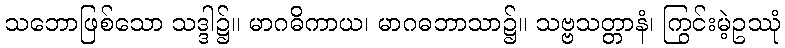
သဘောဖြစ်သော သဒ္ဒါ၌။ မာဂဓိကာယ၊ မာဂဓဘာသာ၌။ သဗ္ဗသတ္တာနံ၊ ကြွင်းမဲ့ဥဿုံ